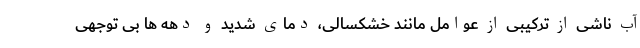
آب ناشی از ترکیبی از عوامل مانند خشکسالی، دمای شدید و دهه ها بی توجهی